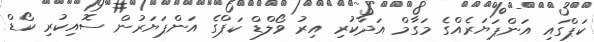
ކަޕްގައި އަންޕަޔަރެއްގެ މަގާމް އަދާކުރި އިރު ވޯލްޑް ކަޕްގެ އަންޕަޔަރުން ސޮއިކުރި ކޯޑް